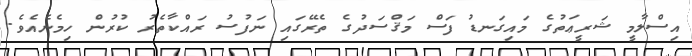
އިސްލާމީ ޝަރީޢަތުގެ މައިގަނޑު ފަސް މަޤްސަދުގެ ތެރޭގައި ނަފުސު ރައްކާތެރު ކުރުން ހިމެނެއެވެ.